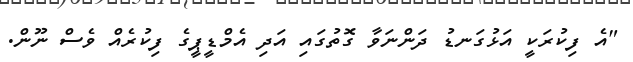
"އެ ފިކުރަކީ އަޅުގަނޑު ދަންނަވާ ގޮތުގައި އަދި އެމްޑީޕީގެ ފިކުރެއް ވެސް ނޫން.